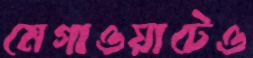
মেগাওয়াটেও